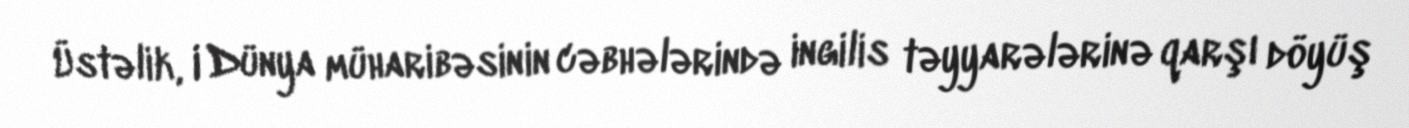
Üstəlik, I Dünya müharibəsinin cəbhələrində ingilis təyyarələrinə qarşı döyüş